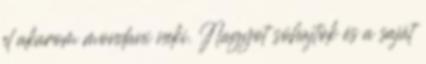
el akarom mondani neki. Nagyot sóhajtok és a saját